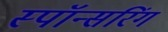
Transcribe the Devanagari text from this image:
स्पॉन्सरिंग